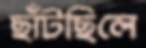
ছাঁটছিলে